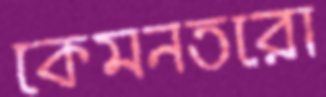
কেমনতরো